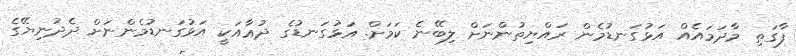
ފާގަތި މާދަމައެއް އަޅުގަނޑުމެން ރައްޔިތުންނަށް ލިބޭނެ ކަމަށް. އަޅުގަނޑުގެ ދުޢާއަކީ އަޅުގަނޑުމެންނަށް ދެދުނިޔޭގެ